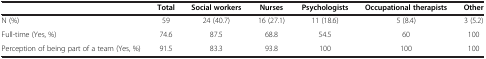
<table><thead><tr><td><b> </b></td><td><b>Total</b></td><td><b>Social workers</b></td><td><b>Nurses</b></td><td><b>Psychologists</b></td><td><b>Occupational therapists</b></td><td><b>Other</b></td></tr></thead><tbody><tr><td>N (%)</td><td>59</td><td>24 (40.7)</td><td>16 (27.1)</td><td>11 (18.6)</td><td>5 (8.4)</td><td>3 (5.2)</td></tr><tr><td>Full-time (Yes, %)</td><td>74.6</td><td>87.5</td><td>68.8</td><td>54.5</td><td>60</td><td>100</td></tr><tr><td>Perception of being part of a team (Yes, %)</td><td>91.5</td><td>83.3</td><td>93.8</td><td>100</td><td>100</td><td>100</td></tr></tbody></table>